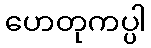
ဟေတုကပ္ပါ